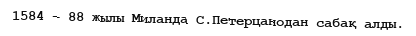
1584 – 88 жылы Миланда С.Петерцанодан сабақ алды.